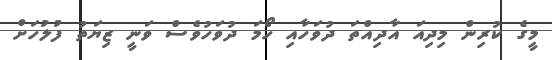
މީގެ ކުރިން މިދިއަ އާދިއްތަ ދުވަހާއި ހޯމަ ދުވަހުވެސް ވަނީ ޒިޔަތު ފުލުހަށް